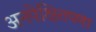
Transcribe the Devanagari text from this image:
अनपेक्षितपणा